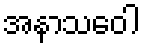
အနာသဝေါ